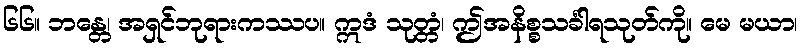
၆၆။ ဘန္တေ၊ အရှင်ဘုရားကဿပ။ ဣဒံ သုတ္တံ၊ ဤအနိစ္စသင်္ခါရသုတ်ကို။ မေ မယာ၊